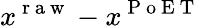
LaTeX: x^{\mathrm{~r~a~w~}}-x^{\mathrm{~P~o~E~T~}}